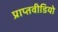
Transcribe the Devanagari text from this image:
प्राप्तवीडियो